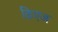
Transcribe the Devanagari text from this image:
किएज